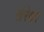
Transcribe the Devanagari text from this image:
खेरेश्वर